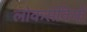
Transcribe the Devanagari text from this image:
लोकसेवियों